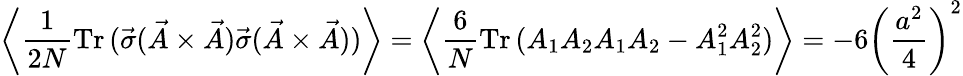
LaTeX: \left\langle\frac{1}{2N}\mathrm{Tr}\, (\vec{\sigma}(\vec{A}\times\vec{A})\vec{\sigma}(\vec{A}\times\vec{A}))\right\rangle=\left\langle\frac{6}{N}\mathrm{Tr}\, (A_{1}A_{2}A_{1}A_{2}-A_{1}^{2}A_{2}^{2})\right\rangle=-6\left(\frac{a^{2}}{4}\right)^{2}